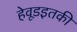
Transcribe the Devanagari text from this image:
हेवूडइतकी